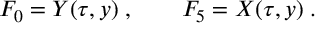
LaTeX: F _ { 0 } = Y ( \tau , y ) \; , \qquad F _ { 5 } = X ( \tau , y ) \; .